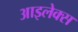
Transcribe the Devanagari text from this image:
आइलेक्स